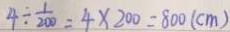
4 \div \frac { 1 } { 2 0 0 } = 4 \times 2 0 0 = 8 0 0 ( c m )